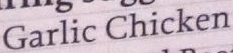
Garlic Chicken